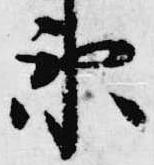
衛